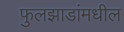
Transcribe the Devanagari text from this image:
फुलझाडांमधील